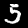
Label: 5